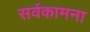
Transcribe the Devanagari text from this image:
सर्वकामना